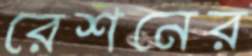
রেশনের